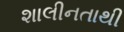
શાલીનતાથી